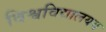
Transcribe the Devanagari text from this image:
विश्वविद्यालयय